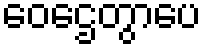
ဝေဌေတွာပေ